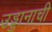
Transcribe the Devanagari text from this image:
उड्डानाची